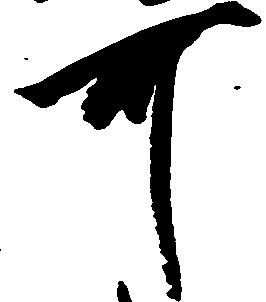
可